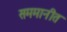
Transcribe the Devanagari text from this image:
सममानीत